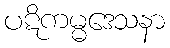
ပဋိကမ္မဒေသနာ